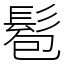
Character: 髱